Report of the Municipal Commissioner on the plague in Bombay for the year ending 31st May... - Volume 1
Disease focus: Plague
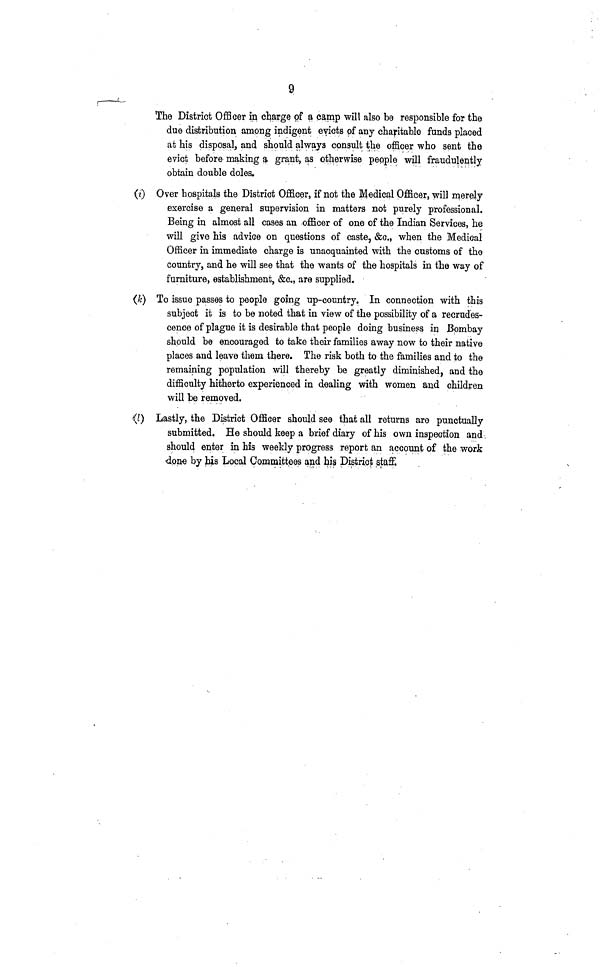
9
The District Officer in charge of a camp will also be responsible for the
due distribution among indigent evicts of any charitable funds placed
at his disposal, and should always consult the officer who sent the
evict before making a grant, as otherwise people will fraudulently
obtain double doles.
(i) Over hospitals the District Officer, if not the Medical Officer, will merely
exercise a general supervision in matters not purely professional.
Being in almost all cases an officer of one of the Indian Services, he
will give his advice on questions of caste, &c., when the Medical
Officer in immediate charge is unacquainted with the customs of the
country, and he will see that the wants of the hospitals in the way of
furniture, establishment, &c., are supplied.
(k) To issue passes to people going up-country. In connection with this
subject it is to be noted that in view of the possibility of a recrudes-
cence of plague it is desirable that people doing business in Bombay
should be encouraged to take their families away now to their native
places and leave them there. The risk both to the families and to the
remaining population will thereby be greatly diminished, and the
difficulty hitherto experienced in dealing with women and children
will be removed.
(I) Lastly, the District Officer should see that all returns are punctually
submitted. He should keep a brief diary of his own inspection and
should enter in his weekly progress report an account of the work
4one by his Local Committees and his District staff.